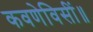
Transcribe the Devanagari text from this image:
कवणेविसीं॥